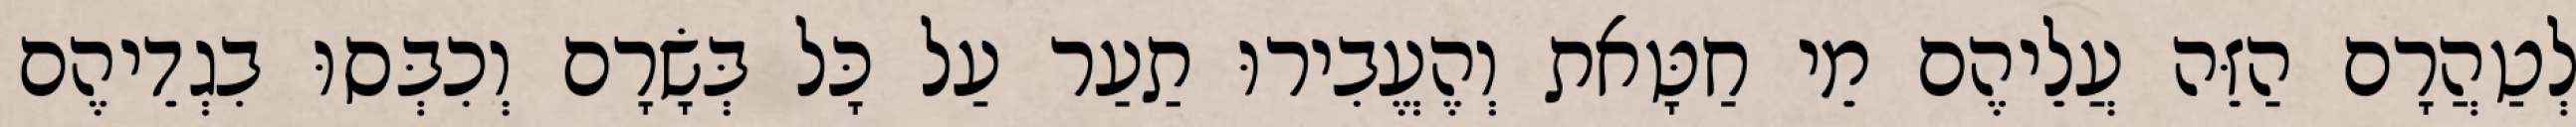
לְטַהֲרָם הַזֵּה עֲלֵיהֶם מֵי חַטָּאת וְהֶעֱבִירוּ תַעַר עַל כָּל בְּשָׂרָם וְכִבְּסוּ בִגְדֵיהֶם